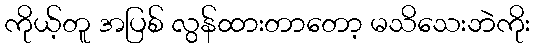
ကိုယ့်တူ အပြစ် လွန်ထားတာတော့ မသိသေးဘဲကိုး